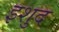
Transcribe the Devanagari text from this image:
इशुद